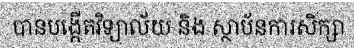
បានបង្កើតវិទ្យាល័យ និង ស្ថាប័នការសិក្សា